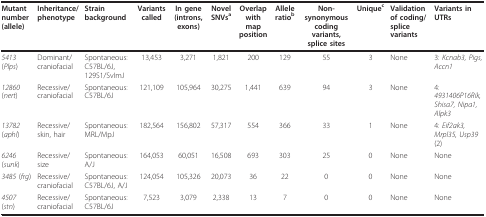
<table><thead><tr><td><b>Mutant number (allele)</b></td><td><b>Inheritance/phenotype</b></td><td><b>Strain background</b></td><td><b>Variants called</b></td><td><b>In gene (introns, exons)</b></td><td><b>Novel SNVs<sup>a</sup></b></td><td><b>Overlap with map position</b></td><td><b>Allele ratio<sup>b</sup></b></td><td><b>Non-synonymous coding variants, splice sites</b></td><td><b>Unique<sup>c</sup></b></td><td><b>Validation of coding/splice variants</b></td><td><b>Variants in UTRs</b></td></tr></thead><tbody><tr><td><i>5413 </i>(<i>Plps</i>)</td><td>Dominant/craniofacial</td><td>Spontaneous: C57BL/6J, 129S1/SvImJ</td><td>13,453</td><td>3,271</td><td>1,821</td><td>200</td><td>129</td><td>55</td><td>3</td><td>None</td><td>3: <i>Kcnab3, Pigs, Accn1</i></td></tr><tr><td><i>12860 </i>(<i>nert</i>)</td><td>Recessive/craniofacial</td><td>Spontaneous: C57BL/6J</td><td>121,109</td><td>105,964</td><td>30,275</td><td>1,441</td><td>639</td><td>94</td><td>3</td><td>None</td><td>4: <i>4931406P16Rik, Shisa7, Nipa1, Alpk3</i></td></tr><tr><td><i>13782 </i>(<i>aphl</i>)</td><td>Recessive/skin, hair</td><td>Spontaneous: MRL/MpJ</td><td>182,564</td><td>156,802</td><td>57,317</td><td>554</td><td>366</td><td>33</td><td>1</td><td>None</td><td>4: <i>Eif2ak3, Mrpl35, Usp39 </i>(2)</td></tr><tr><td><i>6246 </i>(<i>sunk</i>)</td><td>Recessive/size</td><td>Spontaneous: A/J</td><td>164,053</td><td>60,051</td><td>16,508</td><td>693</td><td>303</td><td>25</td><td>0</td><td>None</td><td>None</td></tr><tr><td><i>3485 </i>(<i>frg</i>)</td><td>Recessive/craniofacial</td><td>Spontaneous: C57BL/6J, A/J</td><td>124,054</td><td>105,326</td><td>20,073</td><td>36</td><td>22</td><td>0</td><td>0</td><td>None</td><td>None</td></tr><tr><td><i>4507 </i>(<i>stn</i>)</td><td>Recessive/craniofacial</td><td>Spontaneous: C57BL/6J</td><td>7,523</td><td>3,079</td><td>2,338</td><td>13</td><td>7</td><td>0</td><td>0</td><td>None</td><td>None</td></tr></tbody></table>